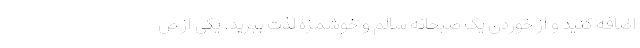
اضافه کنید و از خوردن یک صبحانه سالم و خوشمزه لذت ببرید. یکی از ص